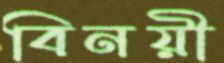
বিনয়ী